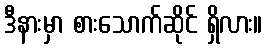
ဒီနားမှာ စားသောက်ဆိုင် ရှိလား။